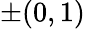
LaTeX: \pm(0,1)